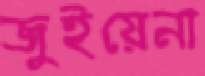
জুইয়েনা